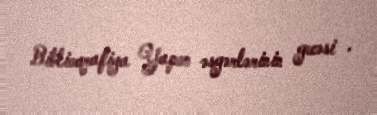
Biblioqrafiya Yapon əsgərlərinin gecəsi .